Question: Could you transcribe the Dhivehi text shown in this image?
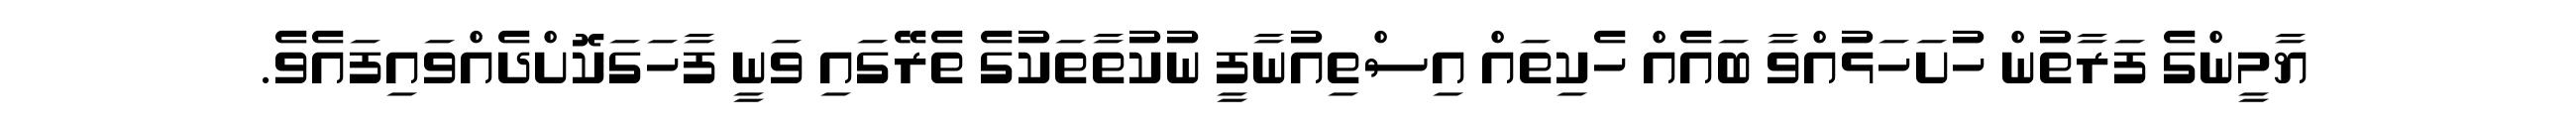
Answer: ޔާމީންގެ ފަރާތުން ހުށަހަޅުއްވާ ބައެއް ހެކިތައް އިސްތިއުނާފީ ނުކުތާތަކުގެ ތެރޭގައި ވަނީ ފާހަގަކޮށްދެއްވައިފައެވެ.